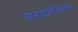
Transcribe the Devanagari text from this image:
कालव्यानजिकच्या